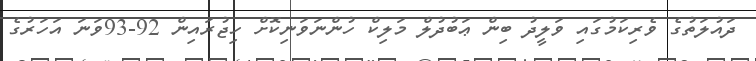
ދައުލަތުގެ ވެރިކަމުގައި ވަލީދު ބިން ޢަބުދުލް މަލިކް ހުންނަވަނިކޮށް ހިޖުރައިން 92-93ވަނަ އަހަރުގެ